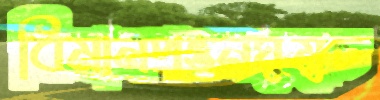
বিমানপত্তনঘুমুচ